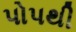
પોપથી